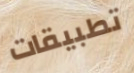
تطبيقات